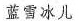
蓝雪冰儿